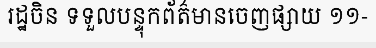
រដ្ឋចិន ទទួលបន្ទុកព័ត៌មានចេញផ្សាយ ១១-